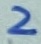
Text: 2